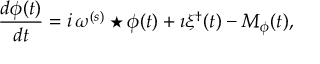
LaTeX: \frac { d \phi ( t ) } { d t } = i \, \omega ^ { ( s ) } \star \phi ( t ) + \imath \xi ^ { \dagger } ( t ) - M _ { \phi } ( t ) ,